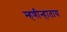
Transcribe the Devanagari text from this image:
म्हणीन्हाताय